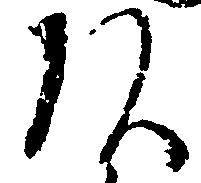
頭